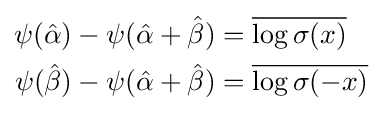
{\begin{aligned}\psi ({\hat {\alpha }})-\psi ({\hat {\alpha }}+{\hat {\beta }})&={\overline {\log \sigma (x)}}\\\psi ({\hat {\beta }})-\psi ({\hat {\alpha }}+{\hat {\beta }})&={\overline {\log \sigma (-x)}}\\\end{aligned}}